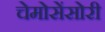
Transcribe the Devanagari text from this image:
चेमोसेंसोरी